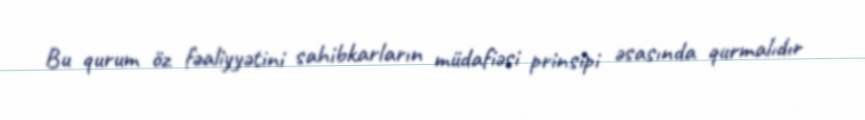
Bu qurum öz fəaliyyətini sahibkarların müdafiəsi prinsipi əsasında qurmalıdır